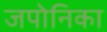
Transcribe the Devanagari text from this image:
जपोनिका